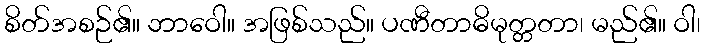
စိတ်အစဉ်၏။ ဘာဝေါ။ အဖြစ်သည်။ ပဏီတာဓိမုတ္တတာ၊ မည်၏။ ဝါ၊